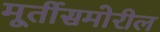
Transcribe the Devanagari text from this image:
मूर्तीसमोरील